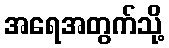
အရေအတွက်သို့